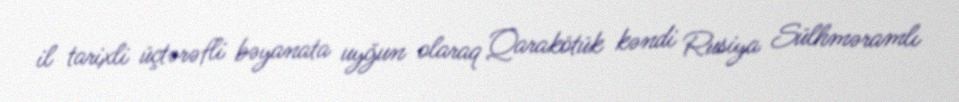
il tarixli üçtərəfli bəyanata uyğun olaraq Qarakötük kəndi Rusiya Sülhməramlı